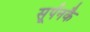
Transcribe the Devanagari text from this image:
सूर्पनकै